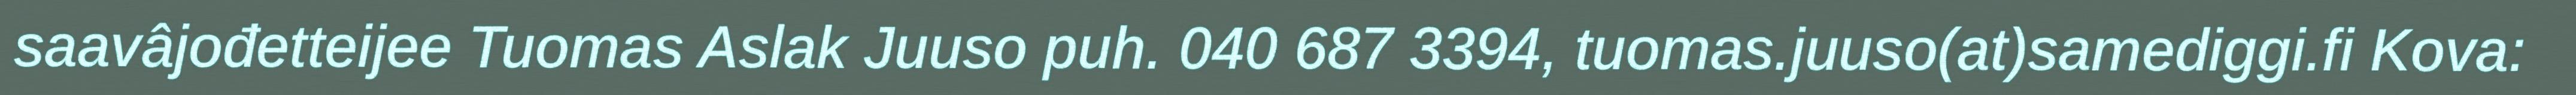
saavâjođetteijee Tuomas Aslak Juuso puh. 040 687 3394, tuomas.juuso(at)samediggi.fi Kova: